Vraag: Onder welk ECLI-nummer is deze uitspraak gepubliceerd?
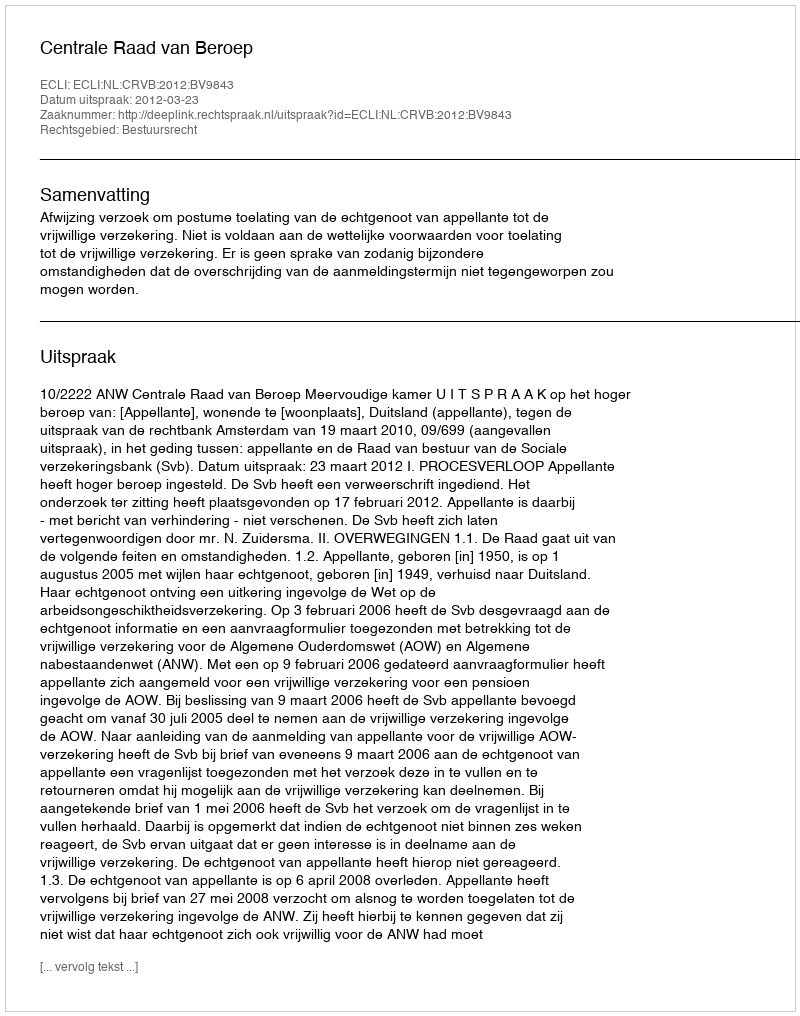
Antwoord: ECLI:NL:CRVB:2012:BV9843